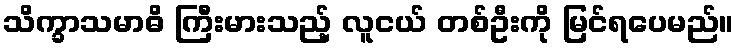
သိက္ခာသမာဓိ ကြီးမားသည့် လူငယ် တစ်ဦးကို မြင်ရပေမည်။